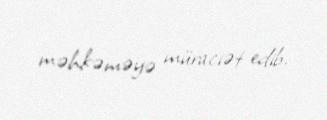
məhkəməyə müraciət edib.